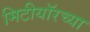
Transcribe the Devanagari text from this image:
मिटीयॉरच्या